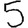
Digit: 5